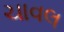
ચાવલ